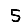
Digit: 5